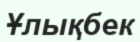
Ұлықбек